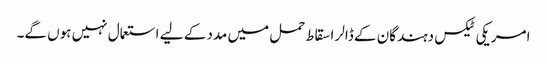
امریکی ٹیکس دہندگان کے ڈالر اسقاط حمل میں مدد کے لیے استعمال نہیں ہوں گے۔